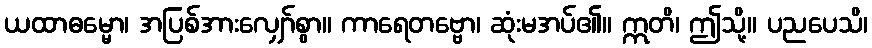
ယထာဓမ္မော၊ အပြစ်အားလျှော်စွာ။ ကာရေတဗ္ဗော၊ ဆုံးမအပ်၏။ ဣတိ၊ ဤသို့။ ပညပေသိ၊